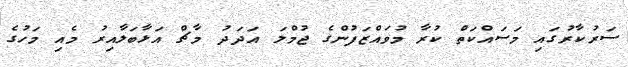
ސަރުކާރުގައި މަސައްކަތް ކުރާ މުވައްޒަފުންގެ ޖުމްލަ އަދަދު މާޗް އަޅާބަލާއިރު މެއި މަހުގެ